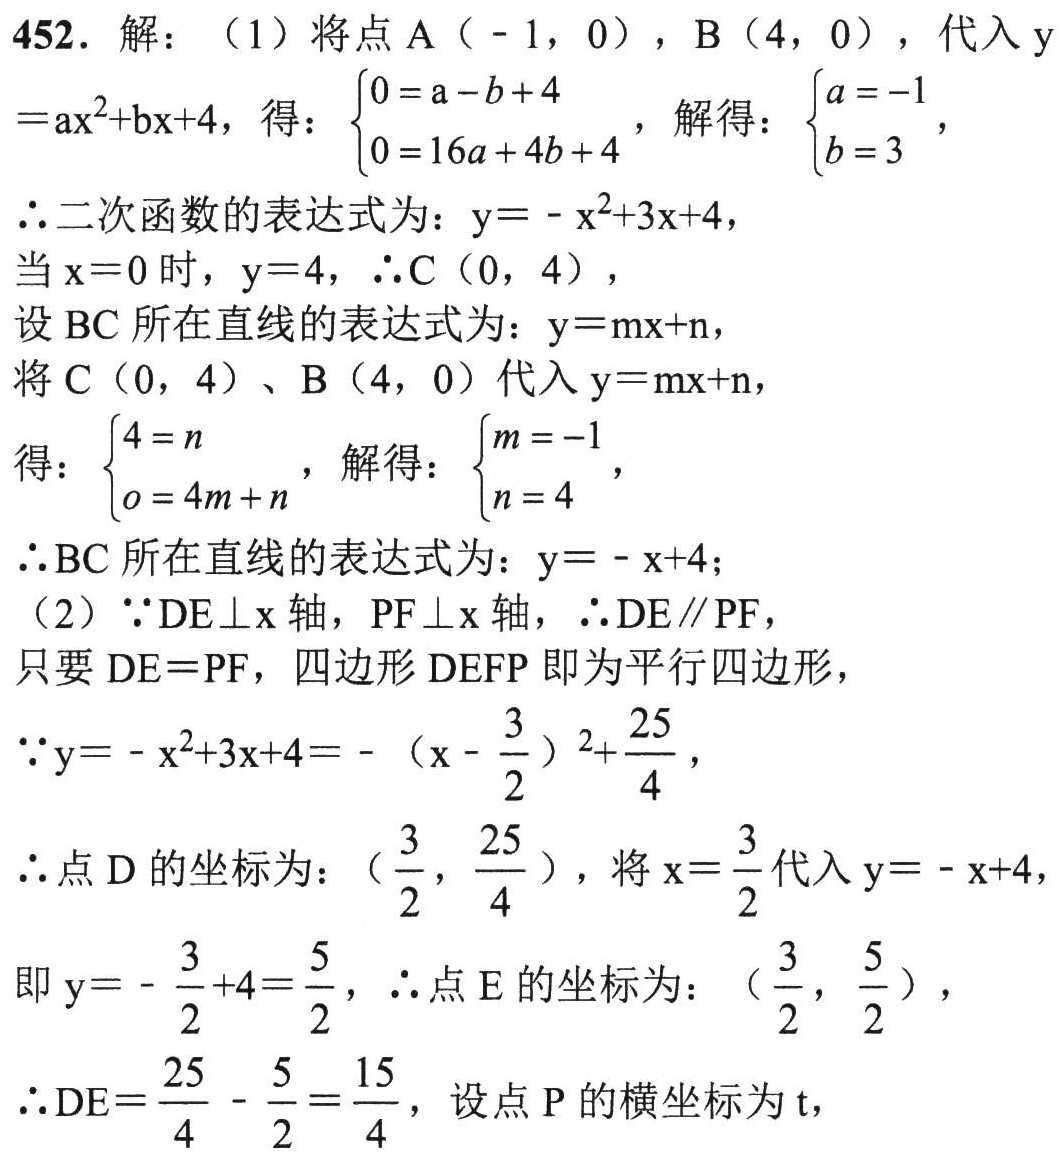
452. 解：（1）将点A（-1，0），B（4，0），代入\(y = ax^{2}+bx + 4\)，得：\(\begin{cases}0 = a - b + 4\\0 = 16a + 4b + 4\end{cases}\)，解得：\(\begin{cases}a = -1\\b = 3\end{cases}\)，
\(\therefore\)二次函数的表达式为：\(y=-x^{2}+3x + 4\)，
当\(x = 0\)时，\(y = 4\)，\(\therefore C(0,4)\)，
设BC所在直线的表达式为：\(y = mx + n\)，
将C（0，4）、B（4，0）代入\(y = mx + n\)，
得：\(\begin{cases}4 = n\\0 = 4m + n\end{cases}\)，解得：\(\begin{cases}m = -1\\n = 4\end{cases}\)，
\(\therefore\)BC所在直线的表达式为：\(y=-x + 4\)；
（2）\(\because DE\perp x\)轴，\(PF\perp x\)轴，\(\therefore DE\parallel PF\)，
只要\(DE = PF\)，四边形\(DEFP\)即为平行四边形，
\(\because y=-x^{2}+3x + 4=-(x-\frac{3}{2})^{2}+\frac{25}{4}\)，
\(\therefore\)点D的坐标为：\((\frac{3}{2},\frac{25}{4})\)，将\(x = \frac{3}{2}\)代入\(y=-x + 4\)，
即\(y=-\frac{3}{2}+4=\frac{5}{2}\)，\(\therefore\)点E的坐标为：\((\frac{3}{2},\frac{5}{2})\)，
\(\therefore DE=\frac{25}{4}-\frac{5}{2}=\frac{15}{4}\)，设点P的横坐标为\(t\)，